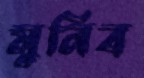
মুনিব